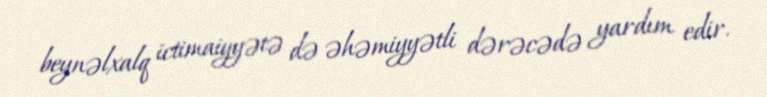
beynəlxalq ictimaiyyətə də əhəmiyyətli dərəcədə yardım edir.